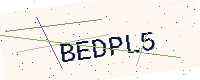
Text: BEDPL5